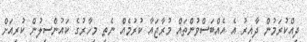
ދިއްކުރަމުން ދާއިރު އެ އެއްބަސްވުންތައް މުރާޖައާ ކުރުމެއް ނެތި މިހާރުގެ ކައުންސިލުން ކުރިއަށް